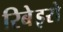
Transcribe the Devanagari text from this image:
रिबेइरो